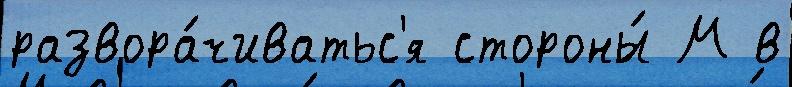
развора́чиватьс'я стороны́ М в